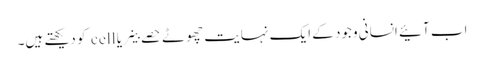
اب آئیے انسانی وجود کے ایک نہایت چھوٹے حصے خلیے یا cell کو دیکھتے ہیں۔